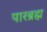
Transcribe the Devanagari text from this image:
पारब्रह्म